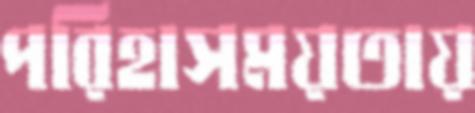
পরিহাসময়তায়